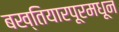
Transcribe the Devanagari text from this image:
बख्तियारपूरमधून